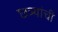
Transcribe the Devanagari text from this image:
छत्र्यांची